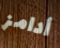
أدامز